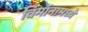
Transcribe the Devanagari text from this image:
विमांनामध्ये